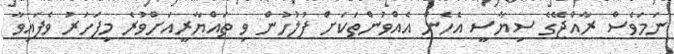
ނަމަވެސް ރާއްޖޭގެ ސިޔާސީ އެހެން އެއްވުންތަކަށް ފުލުހުން ވި ތައްޔާރީއަށްވުރެ މިފަހަރު ވެފައިވާ